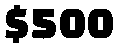
$500